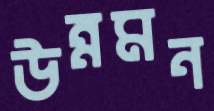
উন্নমন